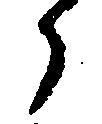
う